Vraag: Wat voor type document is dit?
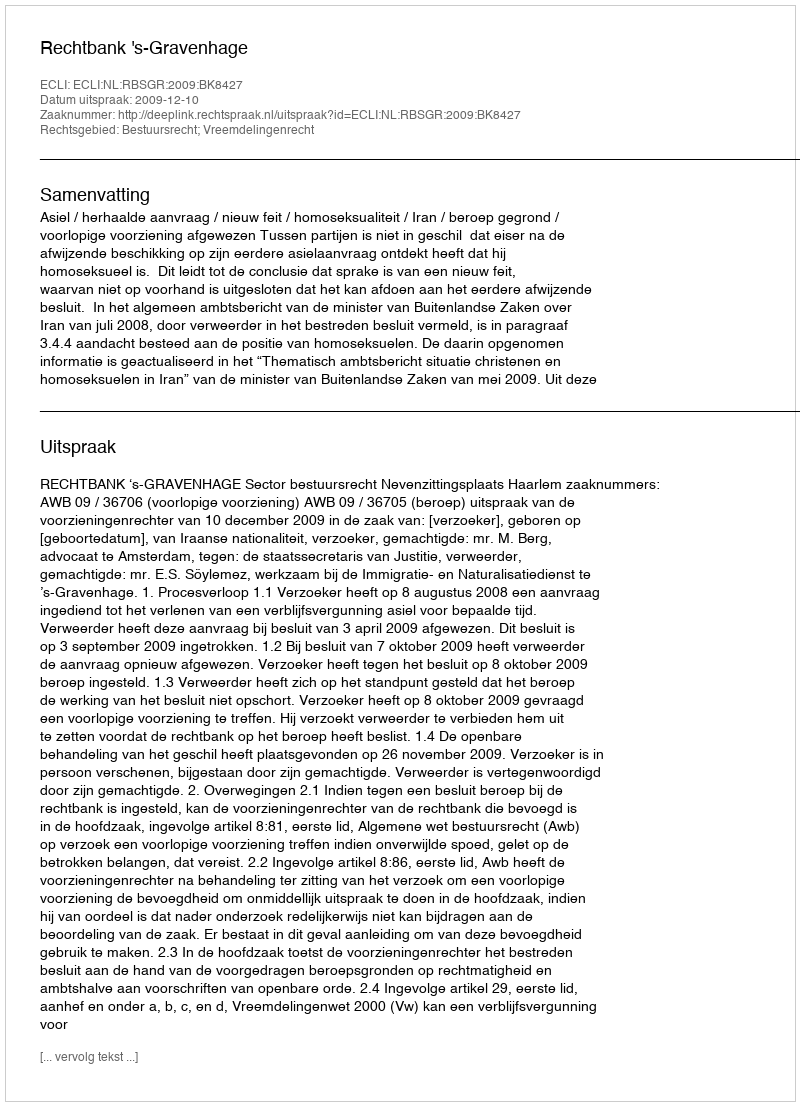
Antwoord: Uitspraak